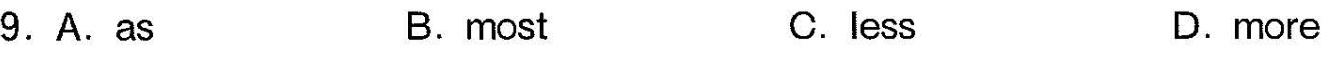
9.A.As B.most C.less D.more